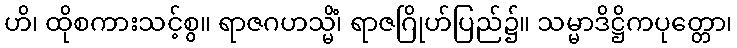
ဟိ၊ ထိုစကားသင့်စွ။ ရာဇဂဟသ္မိံ၊ ရာဇဂြိုဟ်ပြည်၌။ သမ္မာဒိဋ္ဌိကပုတ္တော၊